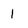
Character: 1